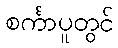
စင်္ကာပူတွင်